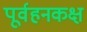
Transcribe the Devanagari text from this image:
पूर्वहनकक्ष